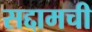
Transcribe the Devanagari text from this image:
सद्दामची